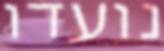
נועדו